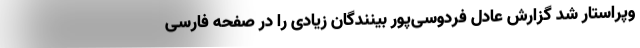
وپراستار شد گزارش عادل فردوسی‌پور بینندگان زیادی را در صفحه فارسی